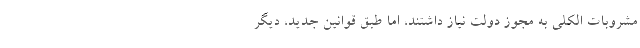
مشروبات الکلی به مجوز دولت نیاز داشتند، اما طبق قوانین جدید، دیگر